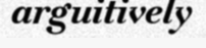
arguitively